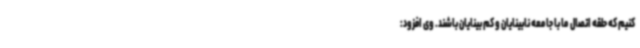
کنیم که حلقه اتصال ما با جامعه نابینایان و کم بینایان باشند. وی افزود: